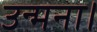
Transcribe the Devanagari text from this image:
उन्मना।